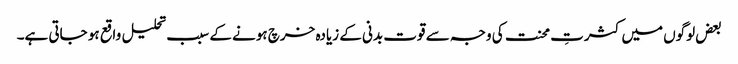
بعض لوگوں میں کثرتِ محنت کی وجہ سے قوت بدنی کے زیادہ خرچ ہونے کے سبب تحلیل واقع ہو جاتی ہے۔